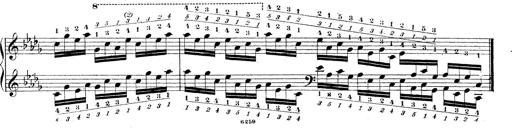
Title: Technische Studien
Composer: Franz Liszt